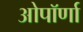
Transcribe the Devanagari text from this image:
ओपॉर्णा